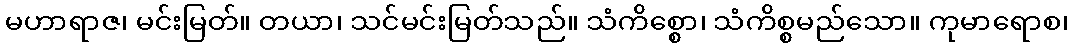
မဟာရာဇ၊ မင်းမြတ်။ တယာ၊ သင်မင်းမြတ်သည်။ သံကိစ္စော၊ သံကိစ္စမည်သော။ ကုမာရောစ၊